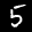
Label: 5